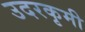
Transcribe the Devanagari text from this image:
उदरकृमी